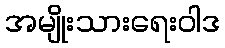
အမျိုးသားရေးဝါဒ